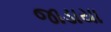
જાડાયા